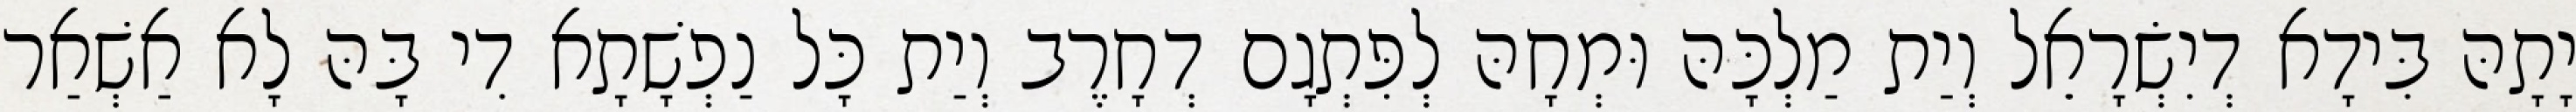
יָתָהּ בִּידָא דְיִשְׂרָאֵל וְיַת מַלְכָּהּ וּמְחָהּ לְפִּתְגָם דְחָרֶב וְיַת כָּל נַפְשָׁתָא דִי בָּהּ לָא אַשְׁאַר